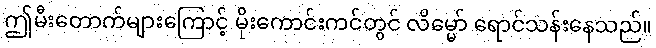
ဤမီးတောက်များကြောင့် မိုးကောင်းကင်တွင် လိမ္မော် ရောင်သန်းနေသည်။